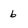
Character: 6